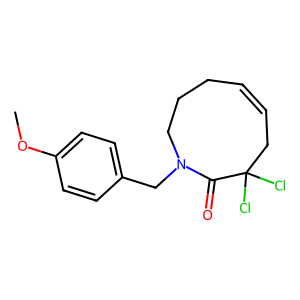
SMILES: COc1ccc(CN2CCCC=CCC(Cl)(Cl)C2=O)cc1
Inhibits HIV replication: No